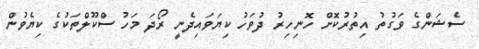
ސެޝަންގެ ވަގުތު އިތުރުކޮށް ހޮނިހިރު ދުވަހު ކިޔަވައިދެނީ ރޯދަ މަހު ސްކޫލްތަކުގެ ކިޔެވުން